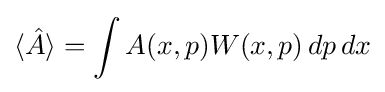
\langle {\hat {A}}\rangle =\int A(x,p)W(x,p)\,dp\,dx